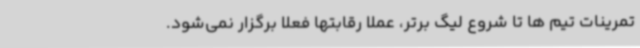
تمرینات تیم ها تا شروع لیگ برتر، عملا رقابتها فعلا برگزار نمی‌شود.